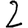
Digit: 2